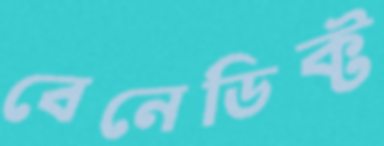
বেনেডিক্ট